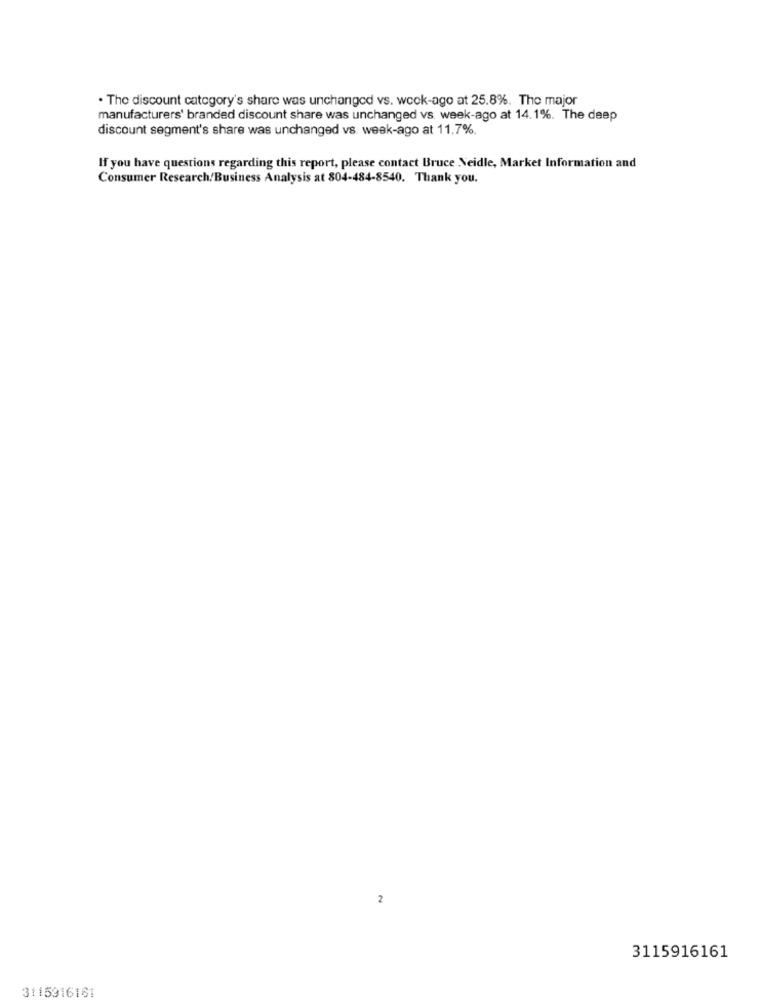
. The discount category's share was unchanged vs. week-ago at 25.8%. The major
manufacturers' branded discount share was unchanged vs. week-ago at 14.1%. The deep
discount segment's share was unchanged vs. week-ago at 11.7%.
If you have questions regarding this report, please contact Bruce Neidle, Market Information and
Consumer Research/Business Analysis at 804-484-8540. Thank you.
2
3115916161
3115916161